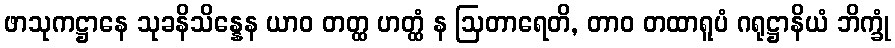
ဖာသုကဋ္ဌာနေ သုခနိသိန္နေန ယာဝ တတ္ထ ဟတ္ထံ န ဩတာရေတိ, တာဝ တထာရူပံ ဂရုဋ္ဌာနိယံ ဘိက္ခုံ